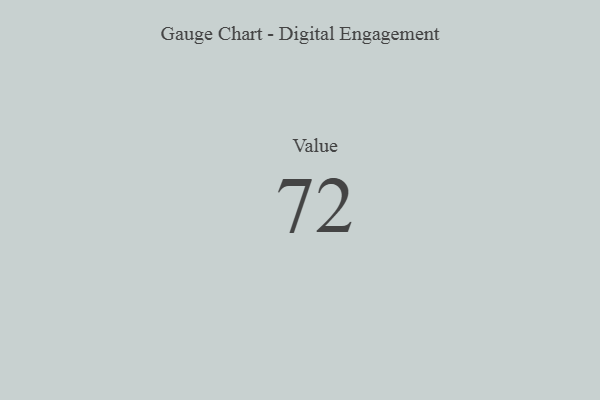
{"axis": {"x": "Metric", "y": "Value"}, "legend": [""], "data": [{"x": "Value", "y": 72, "type": ""}]}